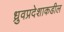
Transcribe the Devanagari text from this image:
ध्रुवप्रदेशाकडील